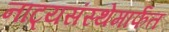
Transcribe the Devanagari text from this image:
नाट्यसंस्थेमार्फत